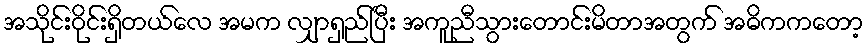
အသိုင်းဝိုင်းရှိတယ်လေ အမက လျှာရှည်ပြီး အကူညီသွားတောင်းမိတာအတွက် အဓိကကတော့